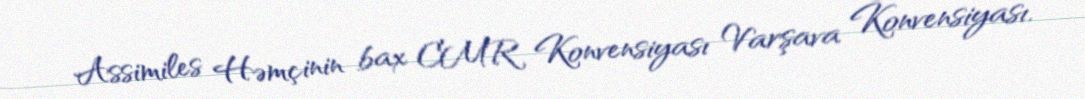
Assimiles Həmçinin bax CMR Konvensiyası Varşava Konvensiyası.